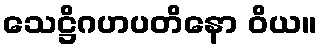
သေဋ္ဌိဂဟပတိနော ဝိယ။